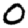
Digit: 0